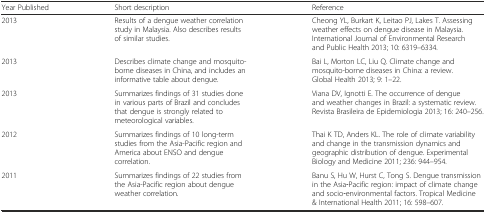
| Year Published | Short description | Reference |
 | --- | --- | --- |
 | 2013 | Results of a dengue weather correlation study in Malaysia. Also describes results of similar studies. | Cheong YL, Burkart K, Leitao PJ, Lakes T. Assessing weather effects on dengue disease in Malaysia. International Journal of Environmental Research and Public Health 2013; 10: 6319–6334. |
 | 2013 | Describes climate change and mosquito-borne diseases in China, and includes an informative table about dengue. | Bai L, Morton LC, Liu Q. Climate change and mosquito-borne diseases in China: a review. Global Health 2013; 9: 1–22. |
 | 2013 | Summarizes findings of 31 studies done in various parts of Brazil and concludes that dengue is strongly related to meteorological variables. | Viana DV, Ignotti E. The occurrence of dengue and weather changes in Brazil: a systematic review. Revista Brasileira de Epidemiologia 2013; 16: 240–256. |
 | 2012 | Summarizes findings of 10 long-term studies from the Asia-Pacific region and America about ENSO and dengue correlation. | Thai K TD, Anders KL. The role of climate variability and change in the transmission dynamics and geographic distribution of dengue. Experimental Biology and Medicine 2011; 236: 944–954. |
 | 2011 | Summarizes findings of 22 studies from the Asia-Pacific region about dengue weather correlation. | Banu S, Hu W, Hurst C, Tong S. Dengue transmission in the Asia‐Pacific region: impact of climate change and socio‐environmental factors. Tropical Medicine & International Health 2011; 16: 598–607. |